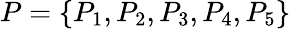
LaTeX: P=\{ P_{1},P_{2},P_{3},P_{4},P_{5}\}